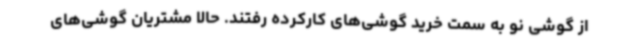
از گوشی نو به سمت خرید گوشی‌های کارکرده رفتند. حالا مشتریان گوشی‌های